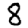
Digit: 8